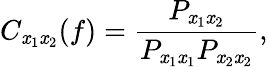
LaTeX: C_{\mathit{x}_{1}\mathit{x}_{2}}(f)=\frac{{P_{\mathit{x}_{1}\mathit{x}_{2}}}}{{P_{\mathit{x}_{1}\mathit{x}_{1}}P_{\mathit{x}_{2}\mathit{x}_{2}}}},